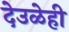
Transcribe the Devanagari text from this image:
देउळेही